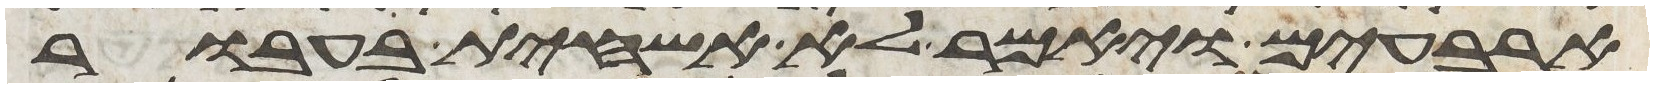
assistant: ארבעים ויאמר לא אשחית בעבור